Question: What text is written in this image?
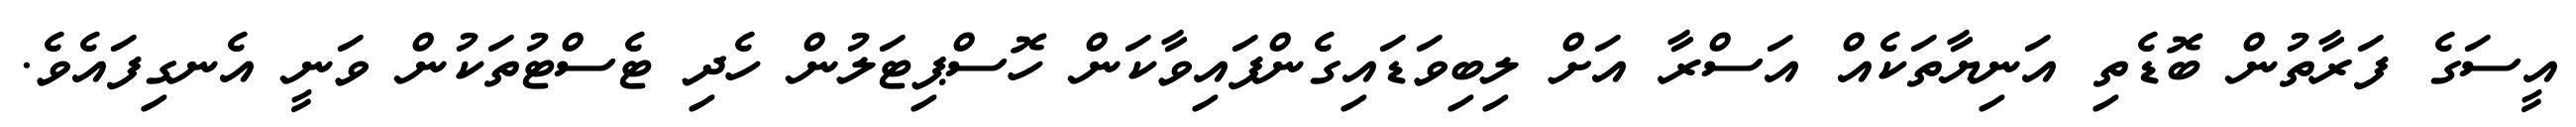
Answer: އީސަގެ ފަރާތުން ބޮޑެތި އަނިޔާތަކެއް އަސްރާ އަށް ލިބިވަޑައިގެންފައިވާކަން ހޮސްޕިޓަލުން ހެދި ޓެސްޓުތަކުން ވަނީ އެނގިފައެވެ.